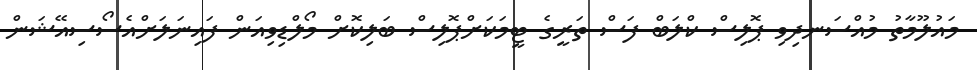
މައުލޫމާތު މުއްސަނދިވި ޕޮލިސް ކްލަބް ފަސް ތަރީގެ ޓީމަކަށްޕޮލިސް ބަލިކޮށް މޯލްޑިވިއަން ފައިނަލަށްއެސޯސިއޭޝަން